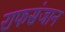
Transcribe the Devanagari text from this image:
राफसंजान